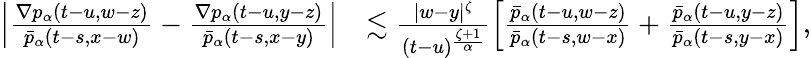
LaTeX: \begin{array}{rl}{\left|\frac{\nabla p_{\alpha}(t-u,w-z)}{\bar{p}_{\alpha}(t-s,x-w)}-\frac{\nabla p_{\alpha}(t-u,y-z)}{\bar{p}_{\alpha}(t-s,x-y)}\right|}&{\lesssim\frac{|w-y|^{\zeta}}{(t-u)^{\frac{\zeta+1}{\alpha}}}\left[\frac{\bar{p}_{\alpha}(t-u,w-z)}{\bar{p}_{\alpha}(t-s,w-x)}+\frac{\bar{p}_{\alpha}(t-u,y-z)}{\bar{p}_{\alpha}(t-s,y-x)}\right],}\end{array}